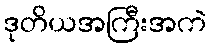
ဒုတိယအကြီးအကဲ